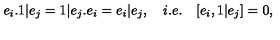
e _ { i } . 1 | e _ { j } = 1 | e _ { j } . e _ { i } = e _ { i } | e _ { j } , \quad i . e . \quad [ e _ { i } , 1 | e _ { j } ] = 0 ,